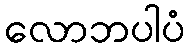
လောဘပါပံ